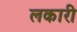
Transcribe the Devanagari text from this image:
लकारी